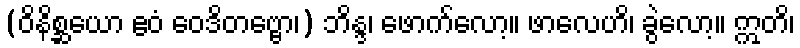
(ဝိနိစ္ဆယော ဧဝံ ဝေဒိတဗ္ဗော၊) ဘိန္ဒ၊ ဖောက်လော့။ ဖာလေဟိ၊ ခွဲလော့။ ဣတိ၊